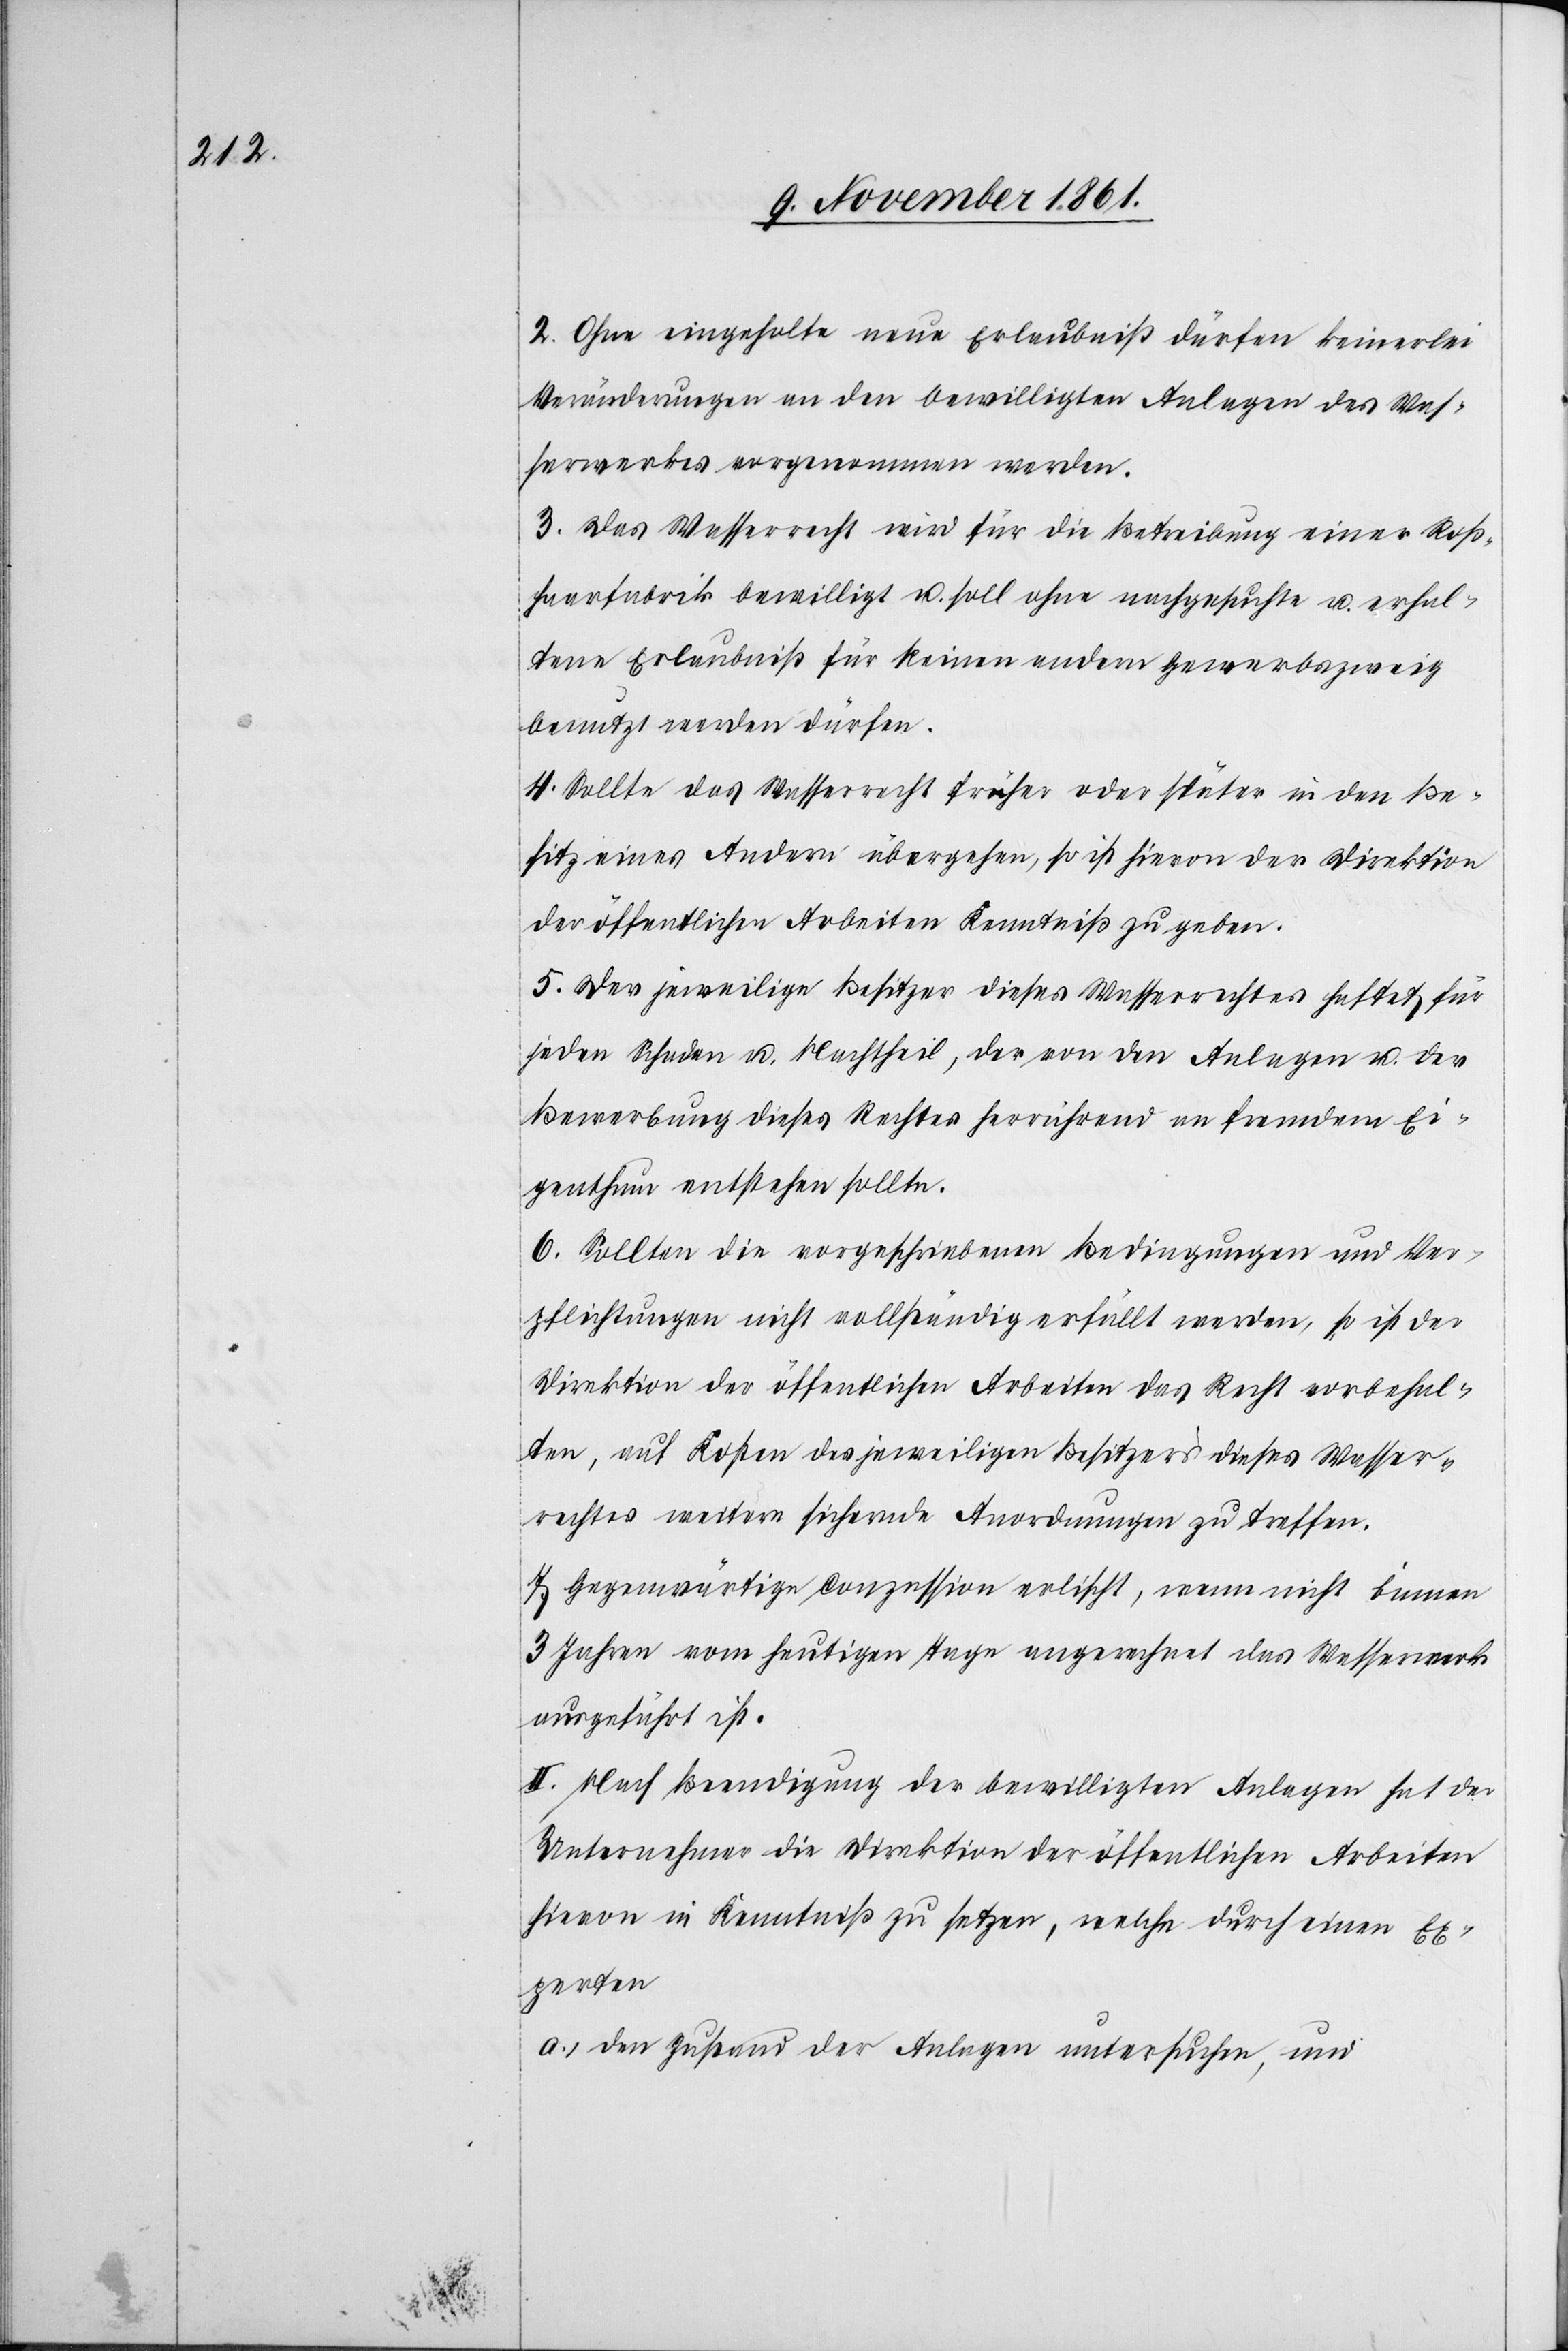
2. Ohne eingeholte neue Erlaubniß dürfen keinerlei
Veränderungen an den bewilligten Anlagen des Was¬
serwerkes vorgenommen werden.
3. Das Wasserrecht wird für die Betreibung einer Roß¬
haarfabrik bewilligt u. soll ohne nachgesuchte u. erhal¬
tene Erlaubniß für keinen andern Gewerbezweig
benutzt werden dürfen.
4. Sollte das Wasserrecht früher oder später in den Be¬
sitz eines Andern übergehen, so ist hievon der Direktion
der öffentlichen Arbeiten Kenntniß zu geben.
5. Der jeweilige Besitzer dieses Wasserrechtes haftet für
jeden Schaden u. Nachtheil, der von den Anlagen u. der
Bewerbung dieses Rechtes herrührend an fremdem Ei¬
genthum entstehen sollte.
6. Sollten die vorgeschriebenen Bedingungen und Ver¬
pflichtungen nicht vollständig erfüllt werden, so ist der
Direktion der öffentlichen Arbeiten das Recht vorbehal¬
ten, auf Kosten des jeweiligen Besitzers dieses Wasser¬
rechtes weitere sichernde Anordnungen zu treffen.
7. Gegenwärtige Conzession erlischt, wenn nicht binnen
3 Jahren vom heutigen Tage angerechnet das Wasserwerk
ausgeführt ist.
II. Nach Beendigung der bewilligten Anlagen hat der
Unternehmer die Direktion der öffentlichen Arbeiten
hievon in Kenntniß zu setzen, welche durch einen Ex¬
perten
a.) den Zustand der Anlagen untersuchen, und